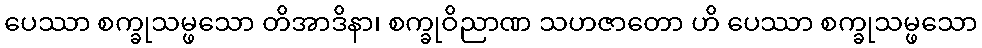
ပေဿာ စက္ခုသမ္ဖသော တိအာဒိနာ၊ စက္ခုဝိညာဏ သဟဇာတော ဟိ ပေဿာ စက္ခုသမ္ဖသော